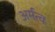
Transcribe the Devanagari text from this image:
अर्मत्व